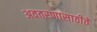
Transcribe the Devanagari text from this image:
अवतरणासाठीते